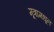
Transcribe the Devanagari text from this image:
मूत्रामधून